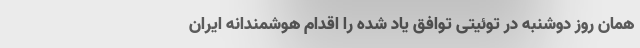
همان روز دوشنبه در توئیتی توافق یاد شده را اقدام هوشمندانه ایران